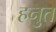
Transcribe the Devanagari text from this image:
हनुत